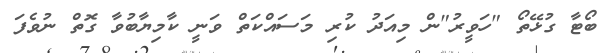
ބޯޓާ ގުޅޭތޯ "ހަވީރު"ން މިއަދު ކުރި މަސައްކަތް ވަނީ ކާމިޔާބުވާ ގޮތް ނުވެފަ